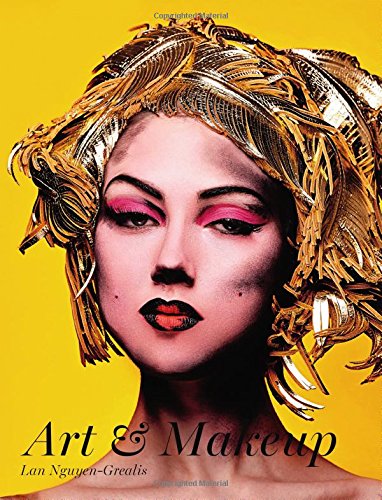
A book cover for Art & Makeup; Lan Nguyen-Grealis; Arts & Photography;